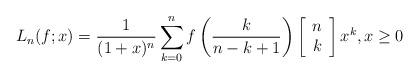
LaTeX: \begin{align*}L_n (f;x)= \frac{1}{(1+x)^n}\sum_{k=0}^n f\left(\frac{k}{n-k+1} \right)\left[\begin{array}{c}n \\k\end{array}\right] x^k, x\geq 0\end{align*}